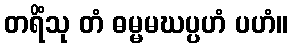
တရိံသု တံ ဓမ္မမဃပ္ပဟံ ပဟံ။